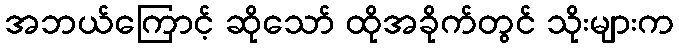
အဘယ်ကြောင့် ဆိုသော် ထိုအခိုက်တွင် သိုးများက